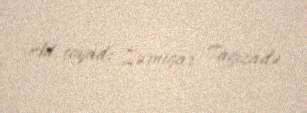
Ad, soyad: Zərnigar Tağızadə